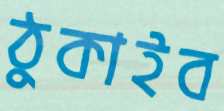
ঠুকাইব